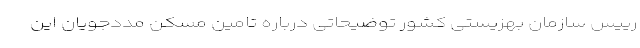
رییس سازمان بهزیستی کشور توضیحاتی درباره تامین مسکن مددجویان این